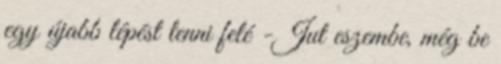
egy újabb lépést tenni felé -Jut eszembe, még be